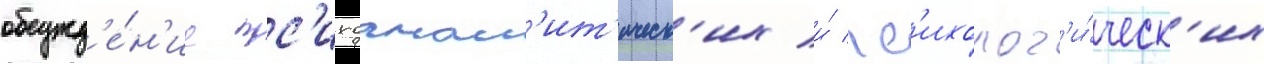
обсужд'е́н'ие пс'ихоанал'ит'ическ'их и́ пс'ихолог'и́ческ'их